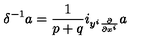
\delta ^ { - 1 } a = \frac { 1 } { p + q } i _ { y ^ { i } \frac { \partial } { \partial x ^ { i } } } a